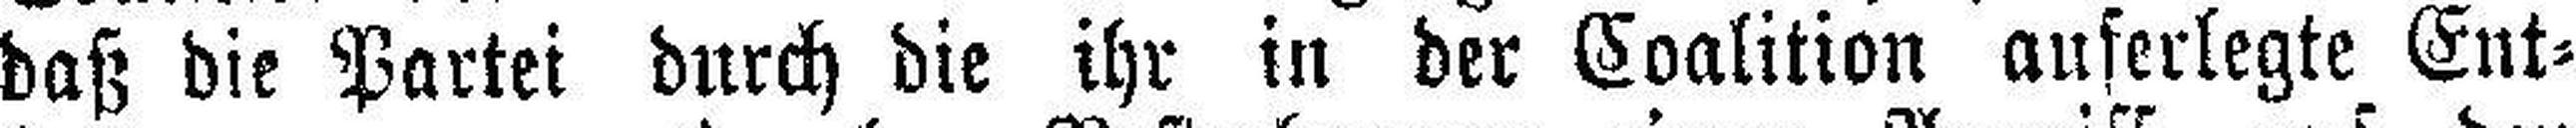
daß die Partei durch die ihr in der Coalition auferlegte Ent¬